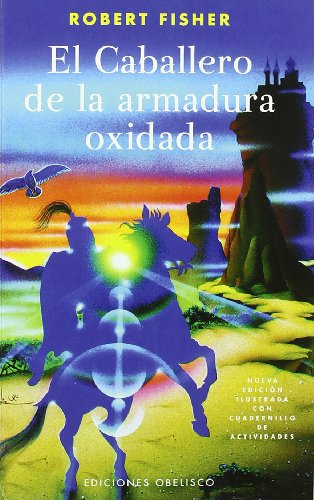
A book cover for El Caballero De La Armadura Oxidada / the Knight in Rusty Armor (Spanish Edition); Robert Fisher; Literature & Fiction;